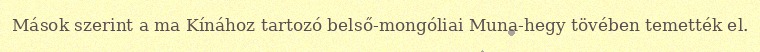
Mások szerint a ma Kínához tartozó belső-mongóliai Muna-hegy tövében temették el.